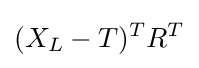
(X_{L}-T)^{T}R^{T}